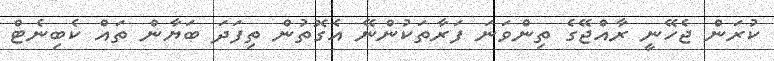
ކުރަން ޖެހޭނީ ރާއްޖޭގެ ތިންވަނަ ފަރާތަކުންނޭ އެގޮތުން ތިފަދަ ބަޔާން ތައް ކެބިނެޓް